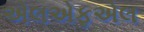
એલએફએલ